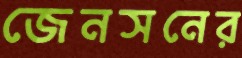
জেনসনের